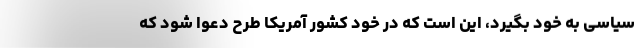
سیاسی به خود بگیرد، این است که در خود کشور آمریکا طرح دعوا شود که